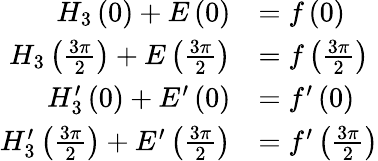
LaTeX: \begin{array}{rl}{H_{3}\left(0\right)+E\left(0\right)}&{=f\left(0\right)}\\ {H_{3}\left(\frac{3\pi}{2}\right)+E\left(\frac{3\pi}{2}\right)}&{=f\left(\frac{3\pi}{2}\right)}\\ {H_{3}^{\prime}\left(0\right)+E^{\prime}\left(0\right)}&{=f^{\prime}\left(0\right)}\\ {H_{3}^{\prime}\left(\frac{3\pi}{2}\right)+E^{\prime}\left(\frac{3\pi}{2}\right)}&{=f^{\prime}\left(\frac{3\pi}{2}\right)}\end{array}